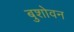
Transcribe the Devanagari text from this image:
बुशोवन